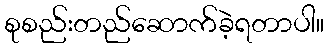
စုစည်းတည်ဆောက်ခဲ့ရတာပါ။